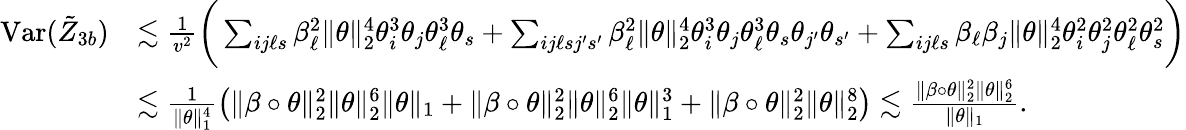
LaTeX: \begin{array}{rl}{\mathrm{Var}(\tilde{Z}_{3b})}&{\lesssim\frac{1}{v^{2}}\bigg(\sum_{ij\ell s}\beta_{\ell}^{2}\| \theta\| _{2}^{4}\theta_{i}^{3}\theta_{j}\theta_{\ell}^{3}\theta_{s}+\sum_{ij\ell sj^{\prime}s^{\prime}}\beta_{\ell}^{2}\| \theta\| _{2}^{4}\theta_{i}^{3}\theta_{j}\theta_{\ell}^{3}\theta_{s}\theta_{j^{\prime}}\theta_{s^{\prime}}+\sum_{ij\ell s}\beta_{\ell}\beta_{j}\| \theta\| _{2}^{4}\theta_{i}^{2}\theta_{j}^{2}\theta_{\ell}^{2}\theta_{s}^{2}\bigg)}\\ &{\lesssim\frac{1}{\| \theta\| _{1}^{4}}\big(\| \beta\circ\theta\| _{2}^{2}\| \theta\| _{2}^{6}\| \theta\| _{1}+\| \beta\circ\theta\| _{2}^{2}\| \theta\| _{2}^{6}\| \theta\| _{1}^{3}+\| \beta\circ\theta\| _{2}^{2}\| \theta\| _{2}^{8}\big)\lesssim\frac{\| \beta\circ\theta\| _{2}^{2}\| \theta\| _{2}^{6}}{\| \theta\| _{1}}.}\end{array}